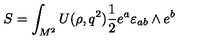
S = \int _ { M ^ { 2 } } ^ { } U ( \rho , q ^ { 2 } ) { \frac { 1 } { 2 } } e ^ { a } \varepsilon _ { a b } \wedge e ^ { b }